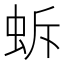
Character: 蚸